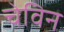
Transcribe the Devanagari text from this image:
चेविन